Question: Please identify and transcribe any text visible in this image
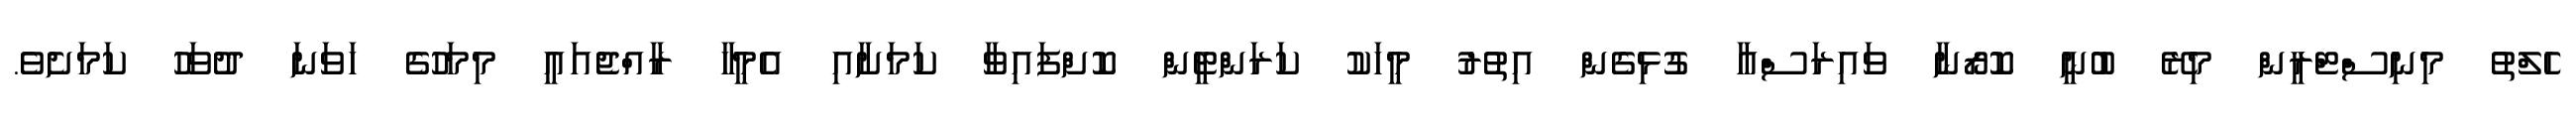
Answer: ހެލްތު މިނިސްޓްރީން މިރޭ ބުނީ ކޮރޯނާ ވައިރަސްއާ ގުޅިގެން އިތުރު މީހަކު ކަރަންޓީން ކޮށްފައިވާ ކަމަށާއި އެމީހާ ރާއްޖެއައީ މިމަހުގެ ހަވަނަ ދުވަހު ކަމަށެވެ.